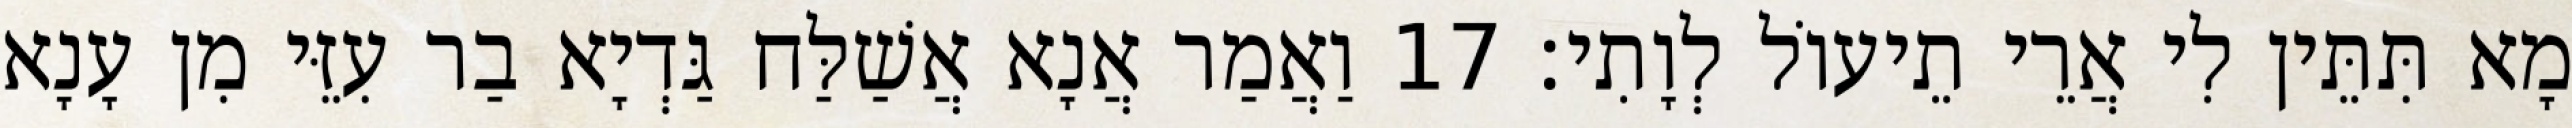
מָא תִּתֵּין לִי אֲרֵי תֵיעוֹל לְוָתִי׃ 17 וַאֲמַר אֲנָא אֲשַׁלַּח גַּדְיָא בַר עִזֵּי מִן עָנָא